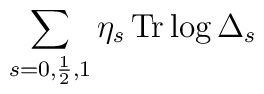
\sum_{s=0,\frac{1}{2},1}\eta_s\,{\rm Tr}\log\Delta_s